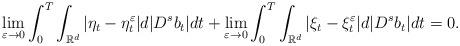
LaTeX: \begin{align*}\lim_{\varepsilon\to 0}\int_{0}^{T}\int_{\mathbb{R}^d}|\eta_t-\eta_t^\varepsilon|d|D^{s}b_t|dt+\lim_{\varepsilon\to 0}\int_{0}^{T}\int_{\mathbb{R}^d}|\xi_t-\xi_t^\varepsilon|d|D^{s}b_t|dt=0.\end{align*}